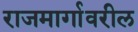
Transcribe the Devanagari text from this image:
राजमार्गावरील